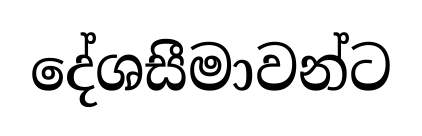
දේශසීමාවන්ට